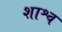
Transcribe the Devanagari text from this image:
शाश्व